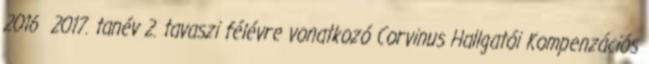
2016 2017. tanév 2. tavaszi félévre vonatkozó Corvinus Hallgatói Kompenzációs